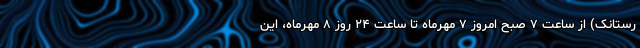
رستانک) از ساعت ۷ صبح امروز ۷ مهرماه تا ساعت ۲۴ روز ۸ مهرماه، این